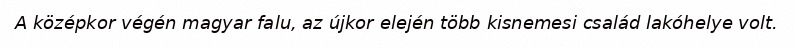
A középkor végén magyar falu, az újkor elején több kisnemesi család lakóhelye volt.